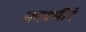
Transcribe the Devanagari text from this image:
काश्मीरं